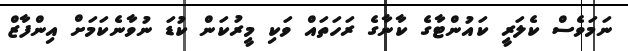
ނަމަވެސް ކެލަރީ ކައުންޓާގެ ކާނާގެ ރަހަތައް ވަކި މީރުކަން ކުޑަ ނުވާނެކަމަށް އިންފާޒް